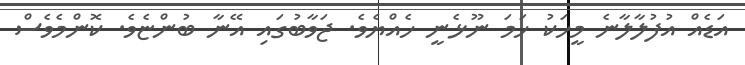
އަޑެއް އުފުލާލާނެ މީހަކު ހަމަ ނޫޅެނީ ހެއްޔެވެ. ޖަވާބުގައި އޭނާ ބުންޏެވެ. ކޮންމެވެސް